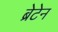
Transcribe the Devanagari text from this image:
ब्रेटेन